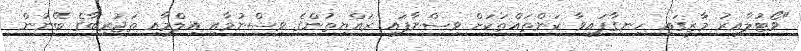
"ވޯޓުލާއިރު މާޒީގައި ހިނގާފައިވާ ކަންތައްތަކަށް ވިސްނާފައި ރައްޔިތުންގެ ވިސްނުމާއި އިލްމާއި ތަޖުރިބާގެ ބޭނުން